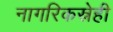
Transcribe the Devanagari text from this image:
नागरिकस्नेही